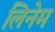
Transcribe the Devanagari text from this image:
लिनेम